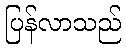
ပြန်လာသည်